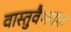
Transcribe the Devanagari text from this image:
वास्तुवैभवात